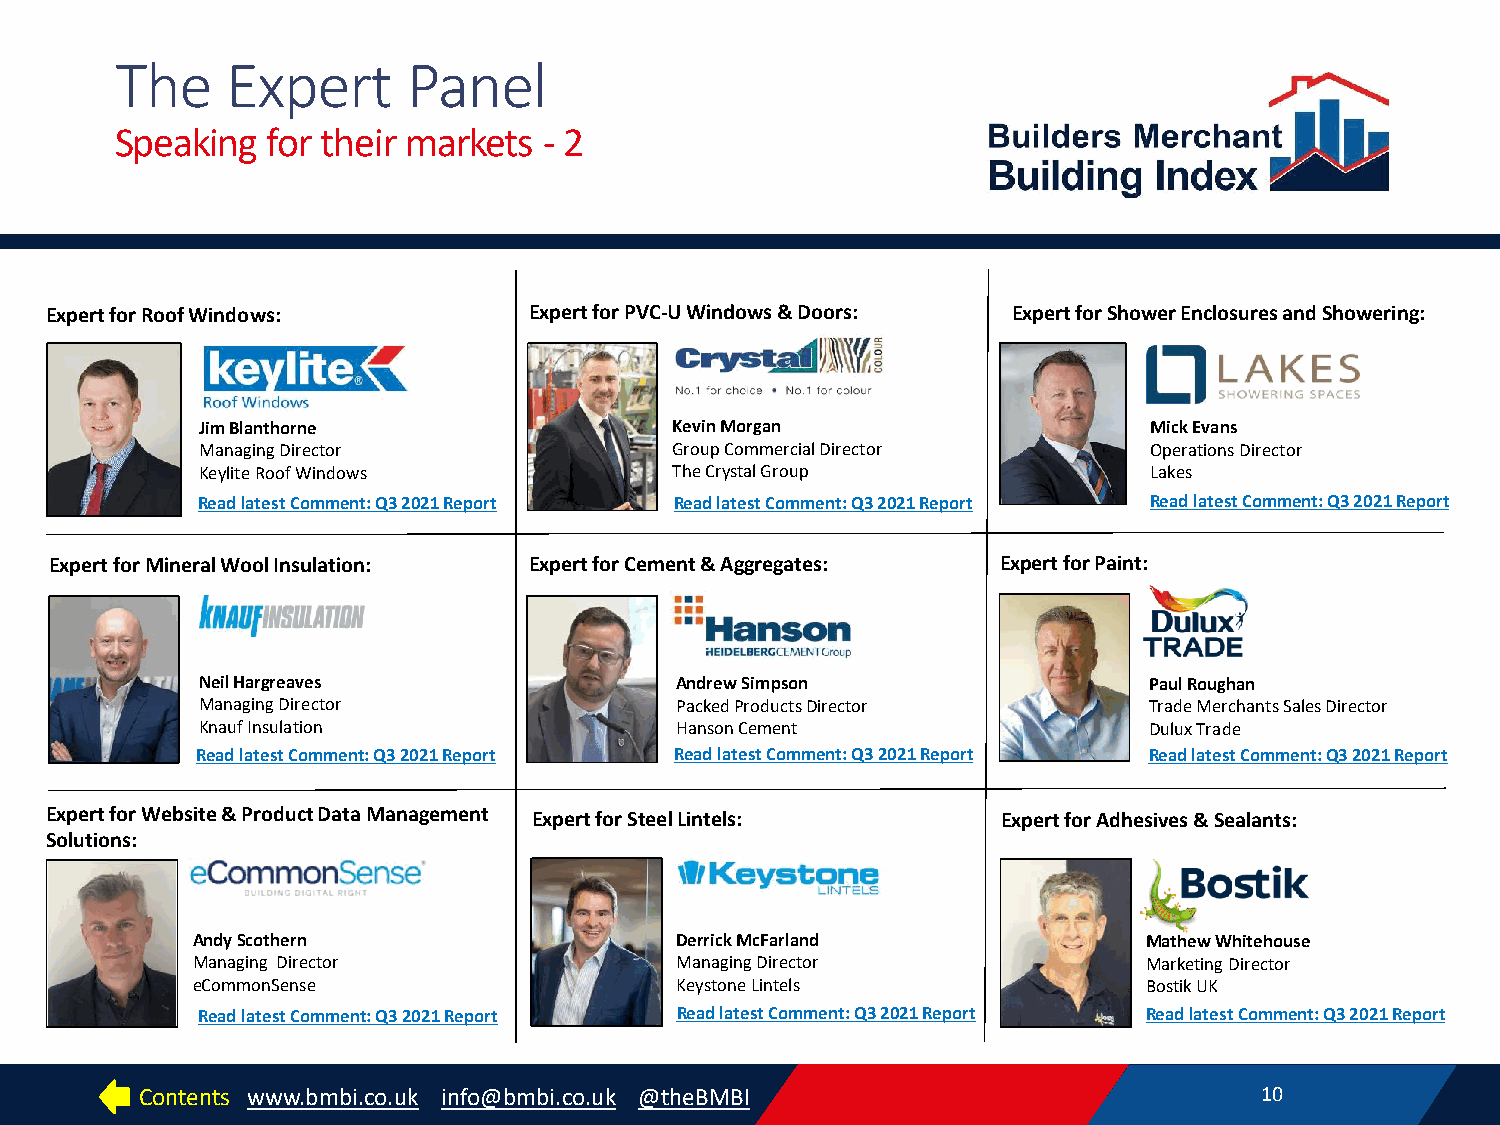
The    Expert      Panel
 Speaking  for their markets - 2
 Expert for Roof Windows:        Expert for PVC-U Windows & Doors: Expert for Shower Enclosures and Showering:
 Jim Blanthorne                  Kevin Morgan                   Mick Evans
 Managing Director               Group Commercial Director      Operations Director
 Keylite Roof Windows            The Crystal Group              Lakes
 Read latest Comment: Q3 2021 Report Read latest Comment: Q3 2021 Report Read latest Comment: Q3 2021 Report
 Expert for Mineral Wool Insulation: Expert for Cement & Aggregates: Expert for Paint:
 Neil Hargreaves                 Andrew Simpson                 Paul Roughan
 Managing Director               PackedProducts Director        Trade Merchants Sales Director
 Knauf Insulation                Hanson Cement                  Dulux Trade
 Read latest Comment: Q3 2021 Report Read latest Comment: Q3 2021 Report Read latest Comment: Q3 2021 Report
 Expert for Website & Product Data Management Expert for Steel Lintels: Expert for Adhesives & Sealants:
 Solutions:
 Andy Scothern                   Derrick McFarland              Mathew Whitehouse
 Managing Director               Managing Director              Marketing Director
 eCommonSense                    Keystone Lintels               Bostik UK
 Read latest Comment: Q3 2021 Report Read latest Comment: Q3 2021 Report Read latest Comment: Q3 2021 Report
 Contents www.bmbi.co.uk info@bmbi.co.uk @theBMBI                          10